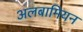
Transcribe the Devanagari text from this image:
अलबामियन